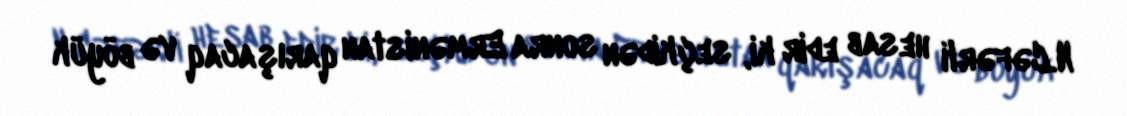
N.Cəfərli hesab edir ki, seçkidən sonra Ermənistan qarışacaq və böyük